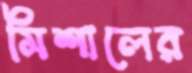
মিশালের